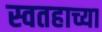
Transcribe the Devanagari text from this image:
स्वतहाच्या